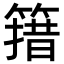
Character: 簎